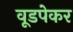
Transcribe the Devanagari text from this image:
वूडपेकर